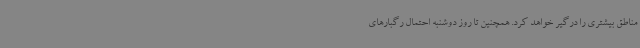
مناطق بیشتری را درگیر خواهد کرد. همچنین تا روز دوشنبه احتمال رگبارهای